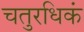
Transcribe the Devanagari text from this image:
चतुरधिकं